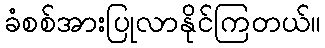
ခံစစ်အားပြုလာနိုင်ကြတယ်။